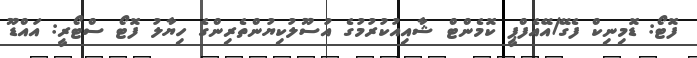
ފޮޓޯ: ޑޮމިނިކް ފެގޭ/އޭއެފްޕީ ކޮމެންޓް ޝާއިއުކުރުމުގެ އުސޫލުކިޔުންތެރިންގެ ހިޔާލު ފޮޓޯ ސްޓޯރީ: އައްޑޫ